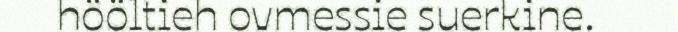
hööltieh ovmessie suerkine.